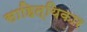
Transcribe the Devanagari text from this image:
साहित्यिकार